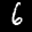
Label: 6